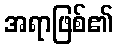
အရာဖြစ်၏